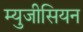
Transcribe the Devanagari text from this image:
म्युजीसियन